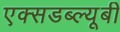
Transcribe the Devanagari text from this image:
एक्सडब्ल्यूबी